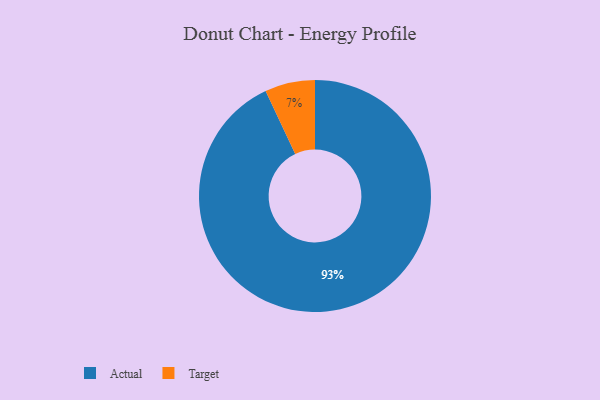
{"axis": {"x": "Category", "y": "Percentage"}, "legend": ["Actual", "Target"], "data": [{"x": "Actual", "y": 93, "type": "Actual"}, {"x": "Target", "y": 7, "type": "Target"}]}